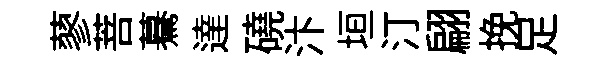
蓼菩驀達磽汴垣汀翩挽足